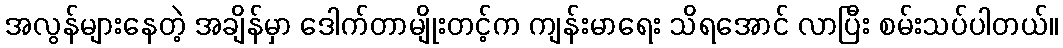
အလွန်များနေတဲ့ အချိန်မှာ ဒေါက်တာမျိုးတင့်က ကျန်းမာရေး သိရအောင် လာပြီး စမ်းသပ်ပါတယ်။